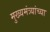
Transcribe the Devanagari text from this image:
मुख्यमंत्र्यांच्‍या